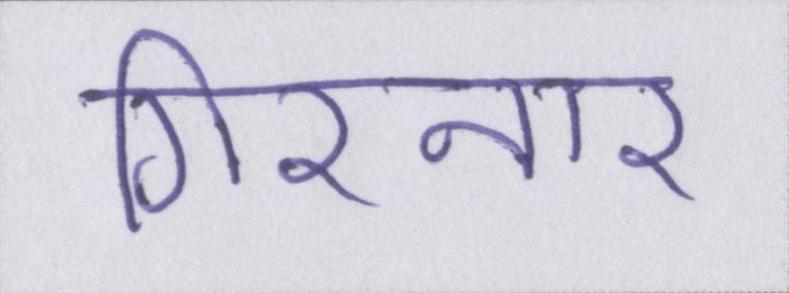
गिरनार